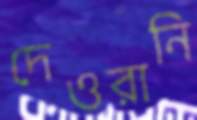
দেওরানি